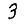
Digit: 3